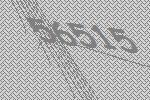
56515